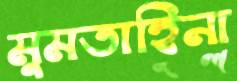
মুমতাহিনা